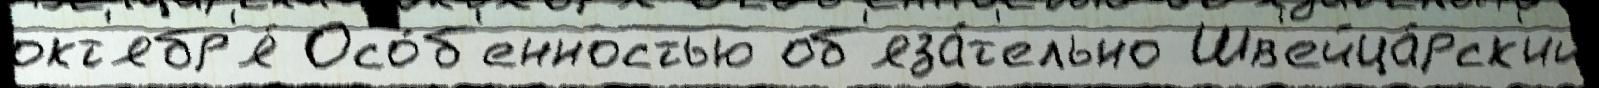
окт'ябр'я́ Осо́б'енностью об'яза́т'ельно Шв'ейца́рск'ий